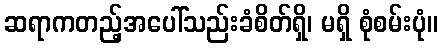
ဆရာကတည့်အပေါ်သည်းခံစိတ်ရှိ၊ မရှိ စုံစမ်းပုံ။